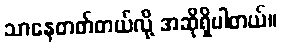
သာနေတတ်တယ်လို့ အဆိုရှိပါတယ်။